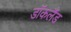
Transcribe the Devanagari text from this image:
डॉकलैंड